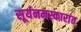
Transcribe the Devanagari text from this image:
सूर्यनमस्कारांत